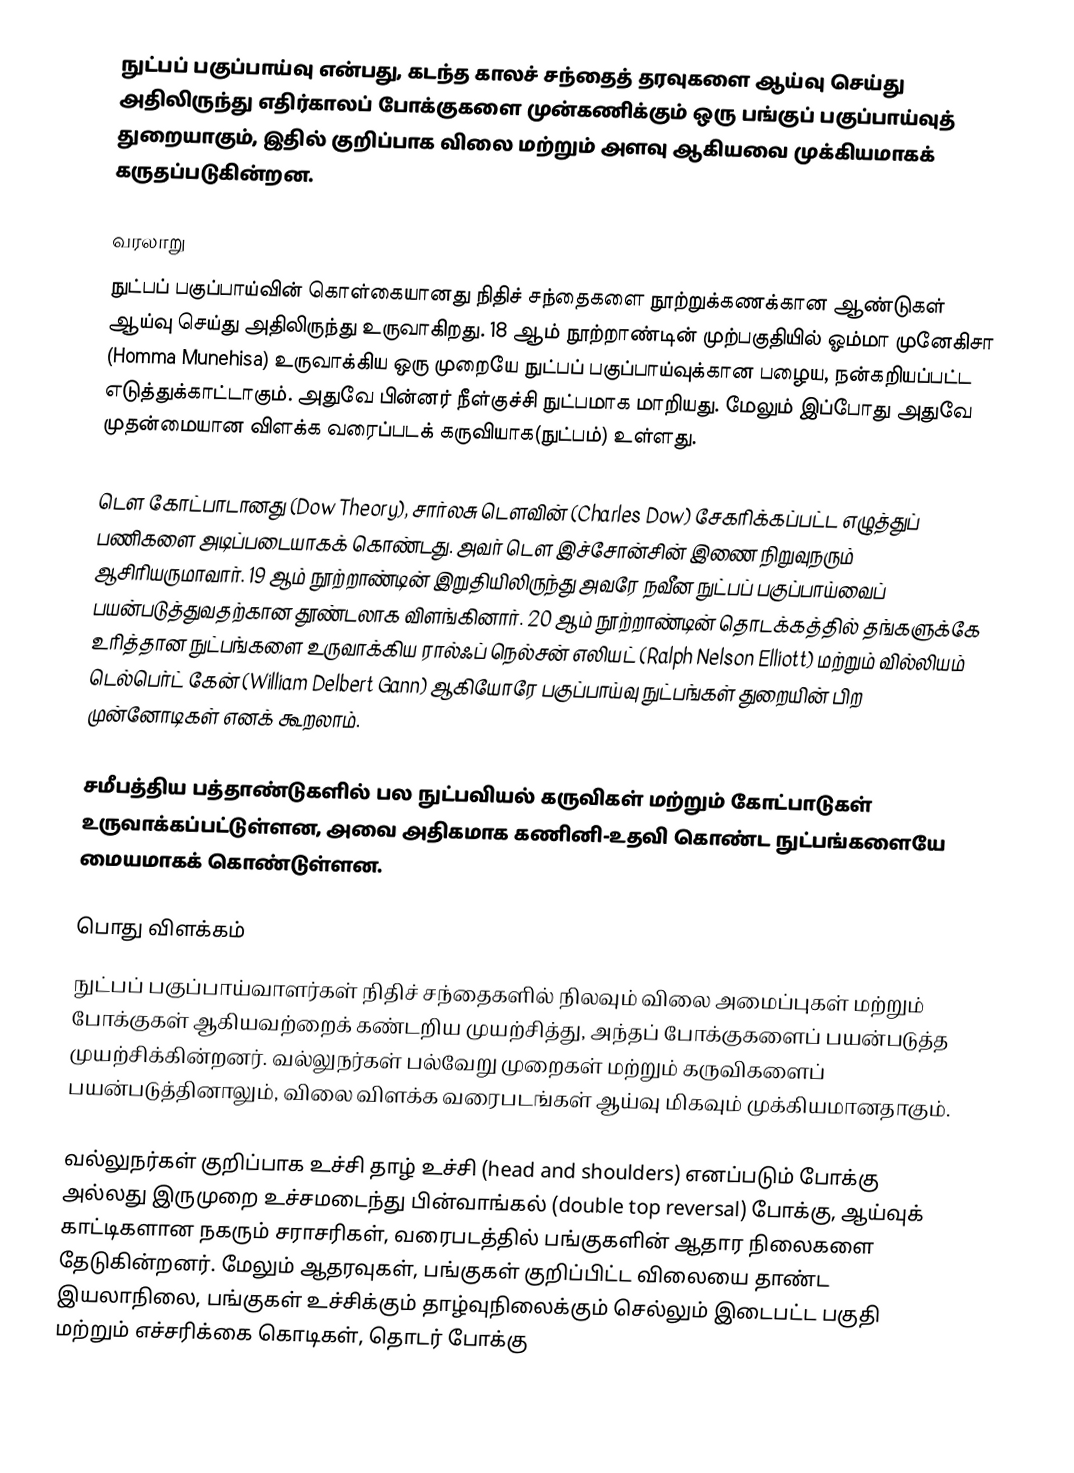
நுட்பப் பகுப்பாய்வு என்பது, கடந்த காலச் சந்தைத் தரவுகளை ஆய்வு செய்து அதிலிருந்து எதிர்காலப் போக்குகளை முன்கணிக்கும் ஒரு பங்குப் பகுப்பாய்வுத் துறையாகும், இதில் குறிப்பாக விலை மற்றும் அளவு ஆகியவை முக்கியமாகக் கருதப்படுகின்றன.

வரலாறு
நுட்பப் பகுப்பாய்வின் கொள்கையானது நிதிச் சந்தைகளை நூற்றுக்கணக்கான ஆண்டுகள் ஆய்வு செய்து அதிலிருந்து உருவாகிறது. 18 ஆம் நூற்றாண்டின் முற்பகுதியில் ஓம்மா முனேகிசா (Homma Munehisa) உருவாக்கிய ஒரு முறையே நுட்பப் பகுப்பாய்வுக்கான பழைய, நன்கறியப்பட்ட எடுத்துக்காட்டாகும். அதுவே பின்னர் நீள்குச்சி நுட்பமாக மாறியது. மேலும் இப்போது அதுவே முதன்மையான விளக்க வரைப்படக் கருவியாக(நுட்பம்) உள்ளது.

டௌ கோட்பாடானது (Dow Theory), சார்லசு டௌவின் (Charles Dow) சேகரிக்கப்பட்ட எழுத்துப் பணிகளை அடிப்படையாகக் கொண்டது. அவர் டௌ இச்சோன்சின் இணை நிறுவுநரும் ஆசிரியருமாவார். 19 ஆம் நூற்றாண்டின் இறுதியிலிருந்து அவரே நவீன நுட்பப் பகுப்பாய்வைப் பயன்படுத்துவதற்கான தூண்டலாக விளங்கினார். 20 ஆம் நூற்றாண்டின் தொடக்கத்தில் தங்களுக்கே உரித்தான நுட்பங்களை உருவாக்கிய ரால்ஃப் நெல்சன் எலியட் (Ralph Nelson Elliott) மற்றும் வில்லியம் டெல்பெர்ட் கேன் (William Delbert Gann) ஆகியோரே பகுப்பாய்வு நுட்பங்கள் துறையின் பிற முன்னோடிகள் எனக் கூறலாம்.

சமீபத்திய பத்தாண்டுகளில் பல நுட்பவியல் கருவிகள் மற்றும் கோட்பாடுகள் உருவாக்கப்பட்டுள்ளன, அவை அதிகமாக கணினி-உதவி கொண்ட நுட்பங்களையே மையமாகக் கொண்டுள்ளன.

பொது விளக்கம்
நுட்பப் பகுப்பாய்வாளர்கள் நிதிச் சந்தைகளில் நிலவும் விலை அமைப்புகள் மற்றும் போக்குகள் ஆகியவற்றைக் கண்டறிய முயற்சித்து, அந்தப் போக்குகளைப் பயன்படுத்த முயற்சிக்கின்றனர். வல்லுநர்கள் பல்வேறு முறைகள் மற்றும் கருவிகளைப் பயன்படுத்தினாலும், விலை விளக்க வரைபடங்கள் ஆய்வு மிகவும் முக்கியமானதாகும்.

வல்லுநர்கள் குறிப்பாக உச்சி தாழ் உச்சி (head and shoulders) எனப்படும் போக்கு  அல்லது இருமுறை உச்சமடைந்து பின்வாங்கல் (double top reversal)  போக்கு, ஆய்வுக் காட்டிகளான நகரும் சராசரிகள், வரைபடத்தில் பங்குகளின் ஆதார நிலைகளை தேடுகின்றனர். மேலும் ஆதரவுகள்,  பங்குகள் குறிப்பிட்ட விலையை தாண்ட இயலாநிலை, பங்குகள் உச்சிக்கும் தாழ்வுநிலைக்கும் செல்லும் இடைபட்ட பகுதி மற்றும் எச்சரிக்கை கொடிகள், தொடர் போக்கு